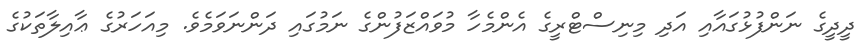
ދީދީގެ ނަންފުޅުގައާއި އަދި މިނިސްޓްރީގެ އެންމެހާ މުވައްޒަފުންގެ ނަމުގައި ދަންނަވަމެވެ. މިއަހަރުގެ ޢާއިލާތަކުގެ